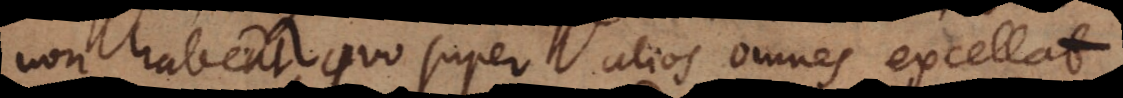
non habeat, quo super alios omnes excellat,